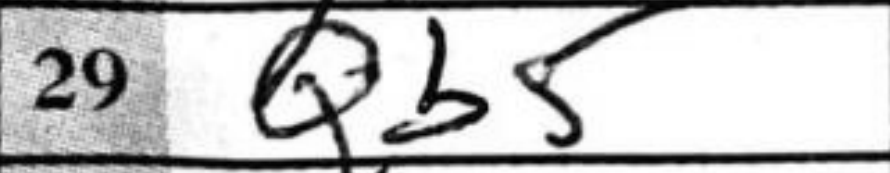
Transcription: Qb5